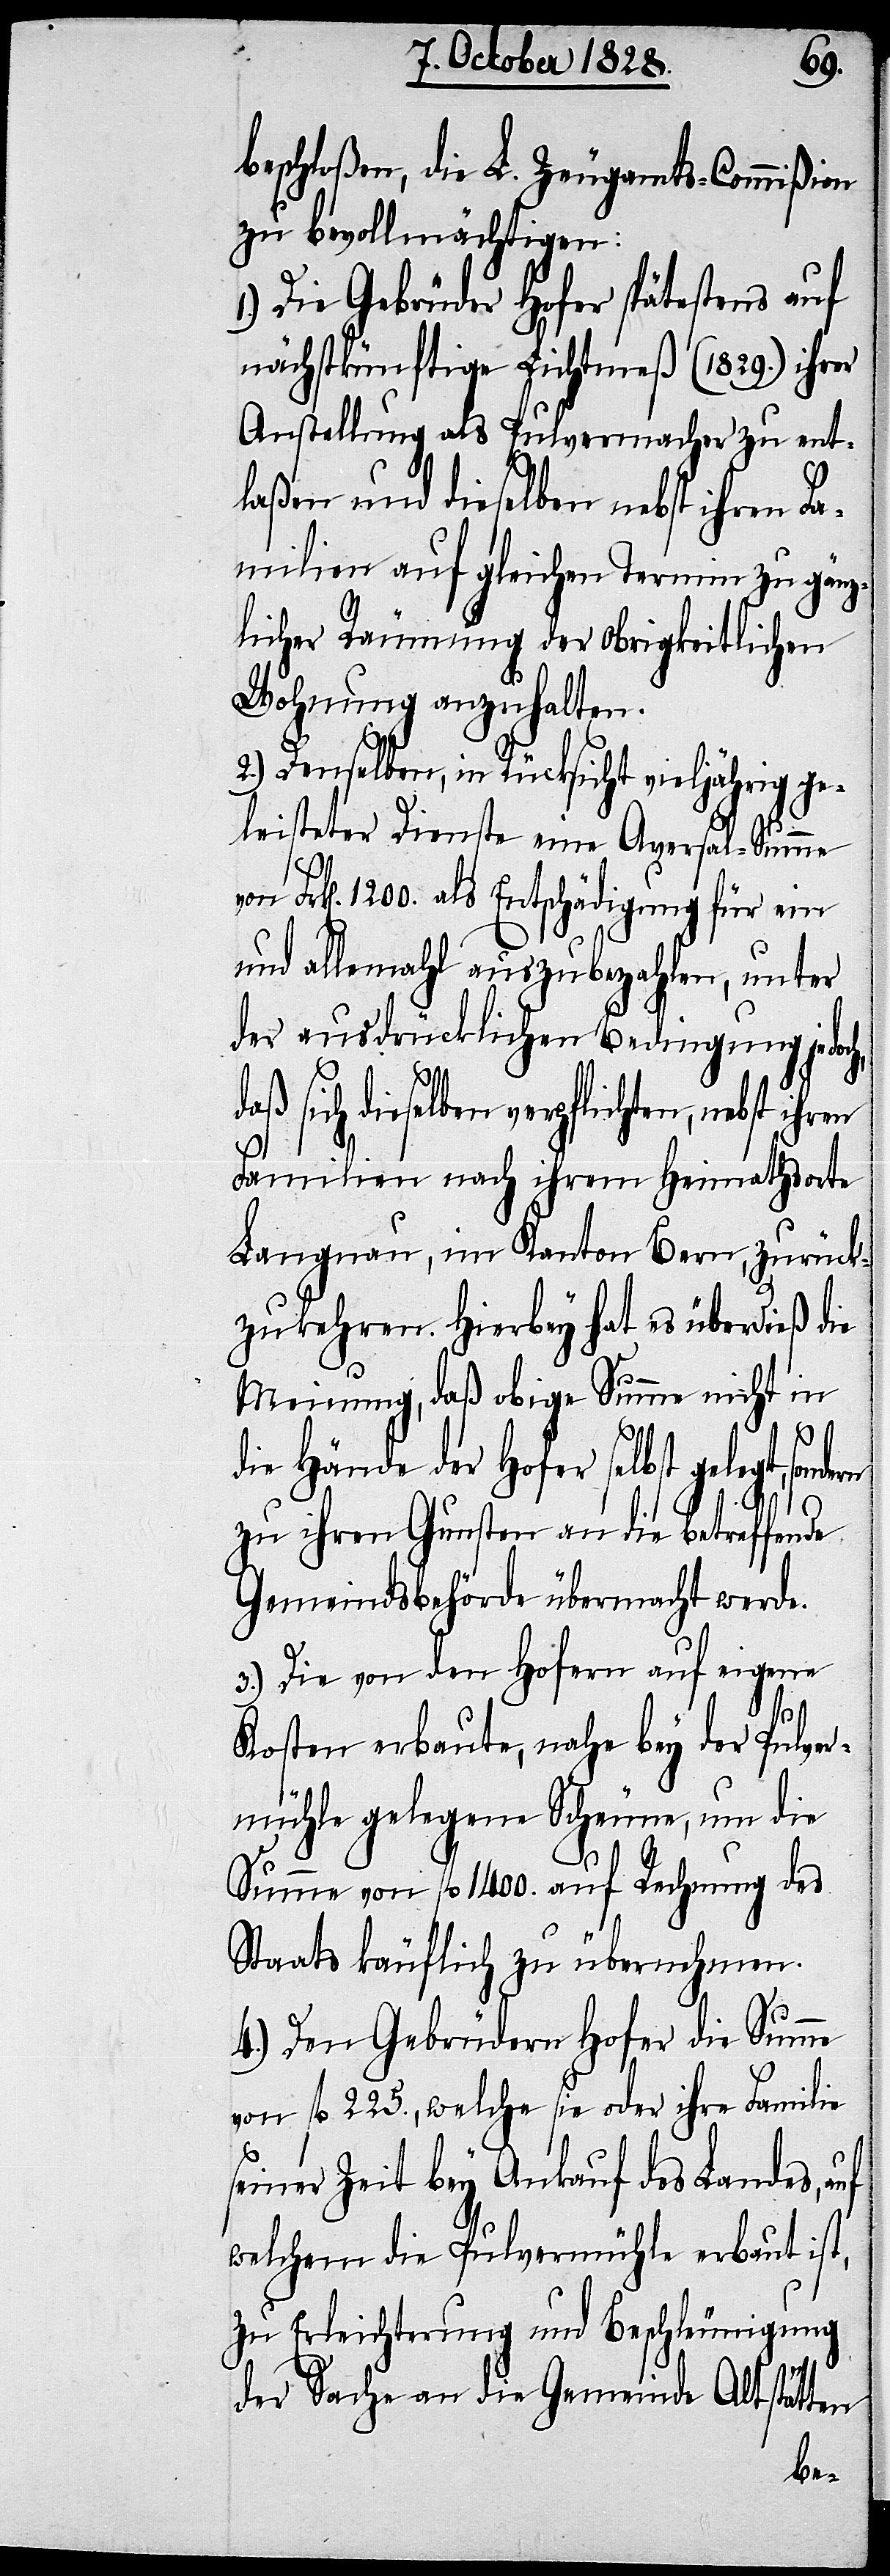
beschloßen, die L. Zeugamts-Commißion
zu bevollmächtigen:
Die Gebrüder Hofer spätestens auf
nächstkünftige Lichtmeß (1829.) ihrer
Anstellung als Pulvermacher zu ent¬
laßen und dieselben nebst ihren Fa¬
milien auf gleichen Termin zu gänz¬
licher Räumung der obrigkeitlichen
Wohnung anzuhalten.
2.) Denselben, in Rücksicht vieljährig ge¬
leisteter Dienste eine Aversal-Summe
Frk[en]. 1200. als Entschädigung für ein
und allemahl auszubezahlen, unter
der ausdrücklichen Bedingung jedoc¬
aß sich dieselben verpflichten, nebst
Familien nach ihrem Heimathsorte
Langnau, im Kanton Bern, zurück¬
zukehren. Hierbey hat es überdieß die
Meinung, daß obige Summe nicht in
d¬
die Hände der Hofer selbst gelegt,
zu ihren Gunsten an die betreffende
Gemeindsbehörde übermacht werde.
3.) Die von den Hofern auf eigene
Kosten erbaute, nahe bey der Pulver¬
mühle gelegene Scheune, um die
Summe von fl. 1400. auf Rechnung des
Staats käuflich zu übernehmen.
4.) Den Gebrüdern Hofer die Summe
von fl. 225., welche sie oder ihre Familie
seiner Zeit bey Ankauf des Landes, auf
welchem die Pulvermühle erbaut ist,
zu Erleichterung und Beschleunigung
der Sache an die Gemeinde Altstätten